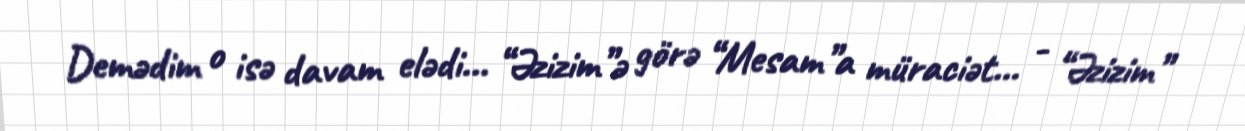
Demədim o isə davam elədi... “Əzizim”ə görə “Mesam”a müraciət... - “Əzizim”